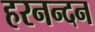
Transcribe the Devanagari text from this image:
हरनन्दन